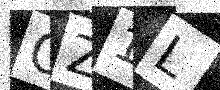
Text: OZ1L